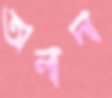
অলাদা